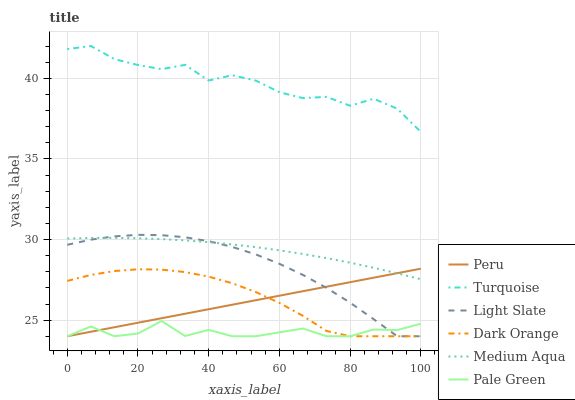
| xaxis_label | Peru | Turquoise | Light Slate | Dark Orange | Medium Aqua | Pale Green |
 | --- | --- | --- | --- | --- | --- | --- |
 | 0 | 24 | 41.8 | 29.7 | 27.4 | 30.1 | 24 |
 | 6.67 | 24.3 | 42 | 30 | 27.8 | 30.1 | 24.6 |
 | 13.3 | 24.6 | 41.2 | 30.2 | 28 | 30.1 | 24 |
 | 20 | 24.8 | 40.8 | 30.3 | 28.2 | 30.1 | 24.2 |
 | 26.7 | 25.1 | 40.6 | 30.3 | 28.1 | 30 | 24.9 |
 | 33.3 | 25.4 | 40.8 | 30.1 | 28 | 29.9 | 24 |
 | 40 | 25.7 | 39.9 | 29.9 | 27.7 | 29.8 | 24.4 |
 | 46.7 | 26 | 40.2 | 29.5 | 27.3 | 29.7 | 24 |
 | 53.3 | 26.2 | 39.9 | 29.1 | 26.7 | 29.5 | 24 |
 | 60 | 26.5 | 39.1 | 28.5 | 26.1 | 29.3 | 24.2 |
 | 66.7 | 26.8 | 38.8 | 27.8 | 25.3 | 29.1 | 24.5 |
 | 73.3 | 27.1 | 38.8 | 27 | 24.3 | 28.8 | 24 |
 | 80 | 27.4 | 38.3 | 26.1 | 24 | 28.6 | 24 |
 | 86.7 | 27.6 | 38.7 | 25.1 | 24 | 28.2 | 24.4 |
 | 93.3 | 27.9 | 38.1 | 24 | 24 | 27.9 | 24.4 |
 | 100 | 28.2 | 36.7 | 24 | 24 | 27.5 | 24.8 |